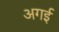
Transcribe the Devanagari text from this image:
अगई